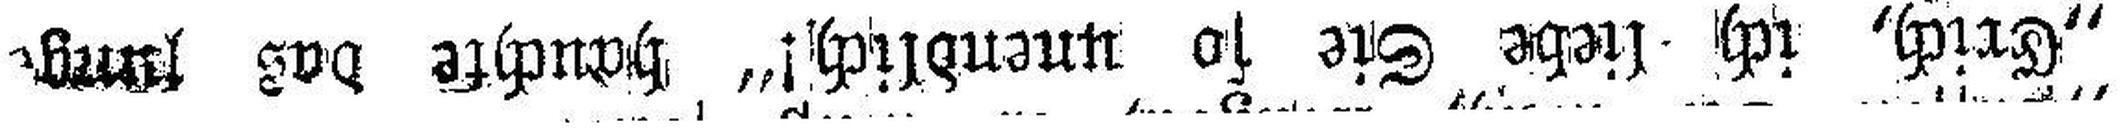
„Erich, ich liebe Sie so unendlich!“ hauchte das jung